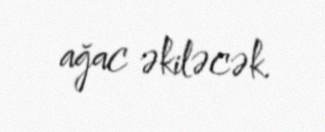
ağac əkiləcək.